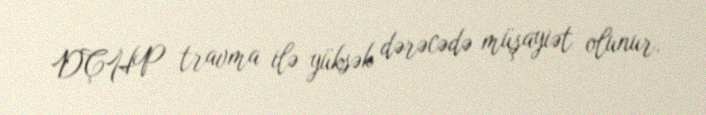
DÇHP travma ilə yüksək dərəcədə müşayiət olunur.